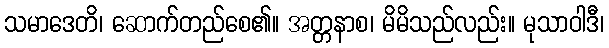
သမာဒေတိ၊ ဆောက်တည်စေ၏။ အတ္တနာစ၊ မိမိသည်လည်း။ မုသာဝါဒီ၊